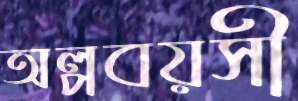
অল্পবয়সী